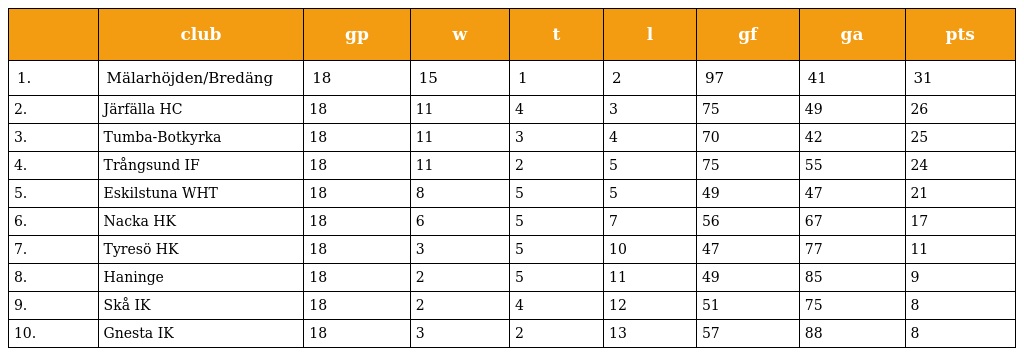
|  | club | gp | w | t | l | gf | ga | pts |
 | --- | --- | --- | --- | --- | --- | --- | --- | --- |
 | 1. | Mälarhöjden/Bredäng | 18 | 15 | 1 | 2 | 97 | 41 | 31 |
 | 2. | Järfälla HC | 18 | 11 | 4 | 3 | 75 | 49 | 26 |
 | 3. | Tumba-Botkyrka | 18 | 11 | 3 | 4 | 70 | 42 | 25 |
 | 4. | Trångsund IF | 18 | 11 | 2 | 5 | 75 | 55 | 24 |
 | 5. | Eskilstuna WHT | 18 | 8 | 5 | 5 | 49 | 47 | 21 |
 | 6. | Nacka HK | 18 | 6 | 5 | 7 | 56 | 67 | 17 |
 | 7. | Tyresö HK | 18 | 3 | 5 | 10 | 47 | 77 | 11 |
 | 8. | Haninge | 18 | 2 | 5 | 11 | 49 | 85 | 9 |
 | 9. | Skå IK | 18 | 2 | 4 | 12 | 51 | 75 | 8 |
 | 10. | Gnesta IK | 18 | 3 | 2 | 13 | 57 | 88 | 8 |